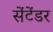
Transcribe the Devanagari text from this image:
सेंटेंडर